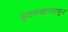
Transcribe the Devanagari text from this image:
कुंटणखान्यांतून